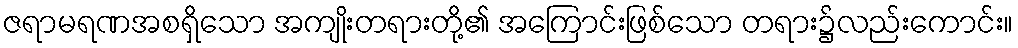
ဇရာမရဏအစရှိသော အကျိုးတရားတို့၏ အကြောင်းဖြစ်သော တရား၌လည်းကောင်း။